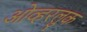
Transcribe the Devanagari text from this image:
ओव्हरलुक